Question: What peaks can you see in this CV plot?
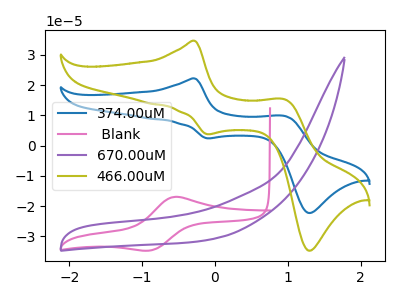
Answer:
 <answer>The blue curve "374.00uM" has anodic peaks at (-0.30V, 22.20uA) (0.95V, 9.80uA) and cathodic peaks at (-0.10V, 2.40uA) (1.30V, -22.20uA). The pink curve " Blank" has an anodic peak at (-0.55V, -16.95uA) and a cathodic peak at (-0.90V, -34.60uA). The purple curve "670.00uM" has no peaks. The olive curve "466.00uM" has anodic peaks at (-0.30V, 34.60uA) (0.95V, 15.25uA) and cathodic peaks at (-0.10V, 3.75uA) (1.30V, -34.65uA).</answer>
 <eval></eval>